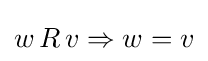
w\,R\,v\Rightarrow w=v